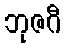
ဘုဇဂီ